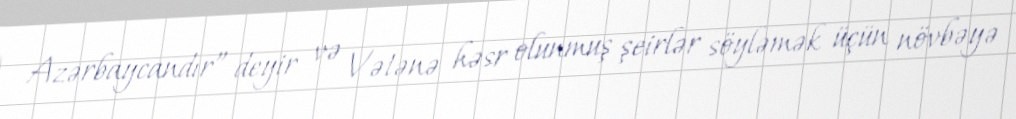
Azərbaycandır” deyir və Vətənə həsr olunmuş şeirlər söyləmək üçün növbəyə